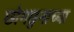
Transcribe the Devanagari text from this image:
छांगछुनाच्या